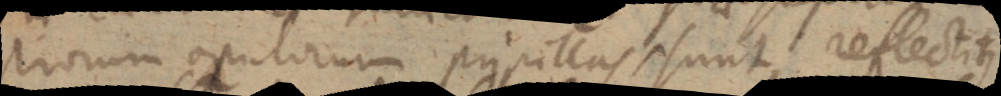
trorum oculorum pupillas, sunt reflectitur